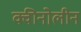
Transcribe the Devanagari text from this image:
क्वीनोलीन